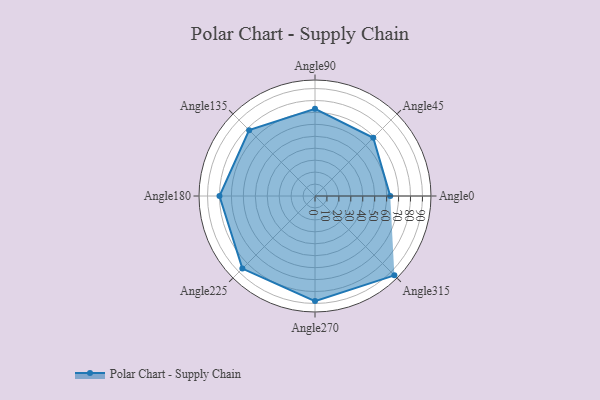
{"axis": {"x": "Angle", "y": "Radius"}, "legend": [""], "data": [{"x": "Angle0", "y": 63.0, "type": ""}, {"x": "Angle45", "y": 69.0, "type": ""}, {"x": "Angle90", "y": 73.0, "type": ""}, {"x": "Angle135", "y": 78.0, "type": ""}, {"x": "Angle180", "y": 80.0, "type": ""}, {"x": "Angle225", "y": 86.0, "type": ""}, {"x": "Angle270", "y": 88.0, "type": ""}, {"x": "Angle315", "y": 94.0, "type": ""}]}